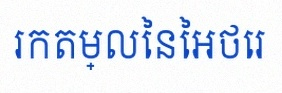
រកតម្លៃនៃអថេរ